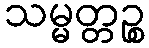
သမ္မတ္တဉ္စ